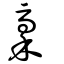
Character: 稾